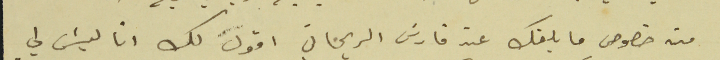
من خصوص ما بلغك عن فارس الريحاني اقول لك انا ليسَ لي